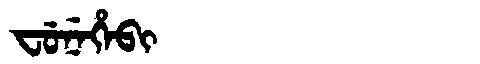
Manchu: ᠸᡠᠨᡝᡥᡝᠪᡳ
Romanization: FUNEHEBI